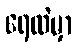
ရေထဲမှာ